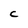
Character: c